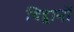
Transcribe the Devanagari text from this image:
विद्द्वानों